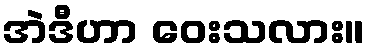
အဲဒီဟာ ဝေးသလား။